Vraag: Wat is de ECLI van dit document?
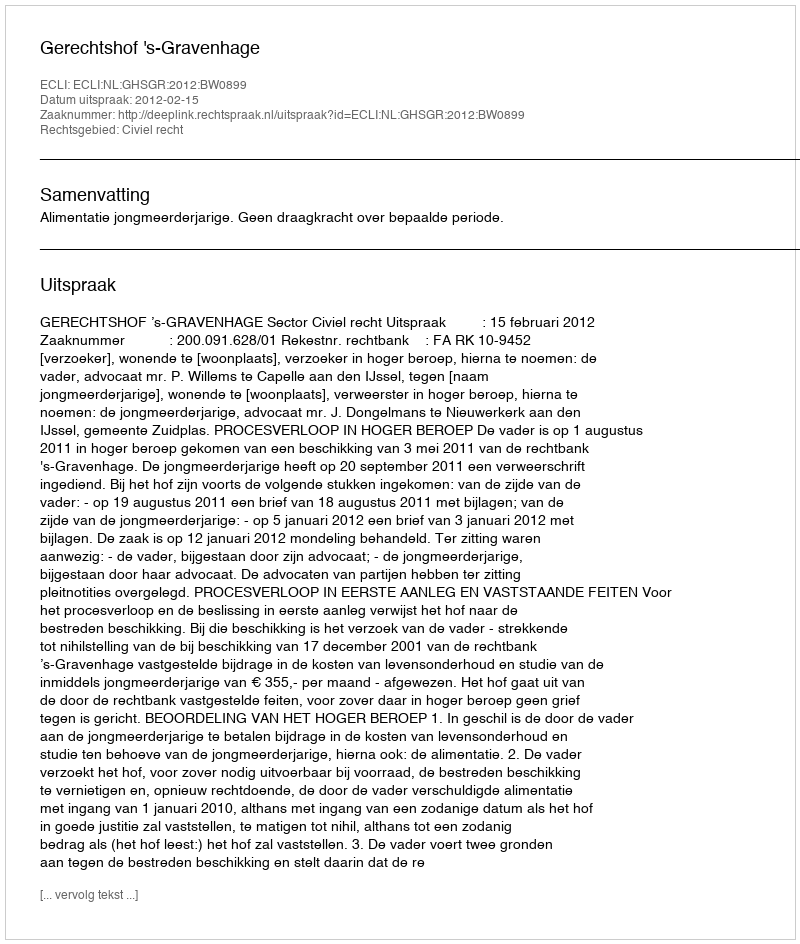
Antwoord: ECLI:NL:GHSGR:2012:BW0899